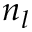
n _ { l }